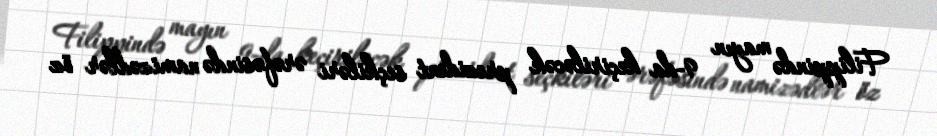
Filippində mayın 9-da keçiriləcək prezident seçkiləri ərəfəsində namizədlər öz